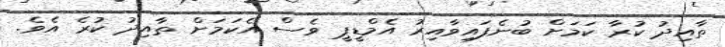
ތާއިދު ކުރާ ކަމަށް ބުނެފައިވާއިރު އެމްޑީޕީ ވެސް އެކަމަށް ތާއިދު ކުރެ އެވެ.